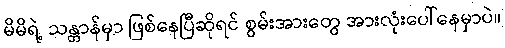
မိမိရဲ့ သန္တာန်မှာ ဖြစ်နေပြီဆိုရင် စွမ်းအားတွေ အားလုံးပေါ်နေမှာပဲ။